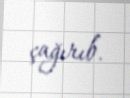
çağırıb.